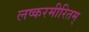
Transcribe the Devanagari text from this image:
लष्करमीरितम्